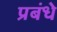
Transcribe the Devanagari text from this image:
प्रबंधे